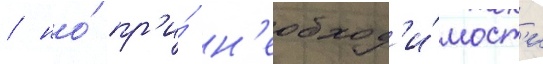
/ но́ пр'и́ н'еобход'и́мост'и